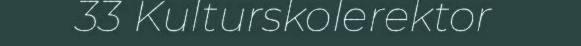
33 Kulturskolerektor